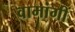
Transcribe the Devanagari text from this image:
वामांगीं